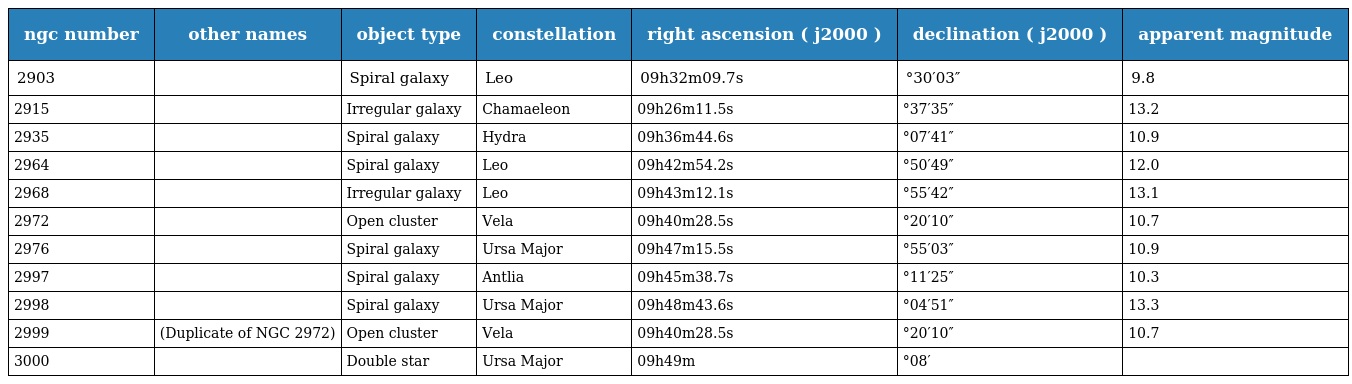
| ngc number | other names | object type | constellation | right ascension ( j2000 ) | declination ( j2000 ) | apparent magnitude |
 | --- | --- | --- | --- | --- | --- | --- |
 | 2903 |  | Spiral galaxy | Leo | 09h32m09.7s | °30′03″ | 9.8 |
 | 2915 |  | Irregular galaxy | Chamaeleon | 09h26m11.5s | °37′35″ | 13.2 |
 | 2935 |  | Spiral galaxy | Hydra | 09h36m44.6s | °07′41″ | 10.9 |
 | 2964 |  | Spiral galaxy | Leo | 09h42m54.2s | °50′49″ | 12.0 |
 | 2968 |  | Irregular galaxy | Leo | 09h43m12.1s | °55′42″ | 13.1 |
 | 2972 |  | Open cluster | Vela | 09h40m28.5s | °20′10″ | 10.7 |
 | 2976 |  | Spiral galaxy | Ursa Major | 09h47m15.5s | °55′03″ | 10.9 |
 | 2997 |  | Spiral galaxy | Antlia | 09h45m38.7s | °11′25″ | 10.3 |
 | 2998 |  | Spiral galaxy | Ursa Major | 09h48m43.6s | °04′51″ | 13.3 |
 | 2999 | (Duplicate of NGC 2972) | Open cluster | Vela | 09h40m28.5s | °20′10″ | 10.7 |
 | 3000 |  | Double star | Ursa Major | 09h49m | °08′ |  |